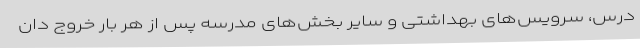
درس، سرویس‌های بهداشتی و سایر بخش‌های مدرسه پس از هر بار خروج دان